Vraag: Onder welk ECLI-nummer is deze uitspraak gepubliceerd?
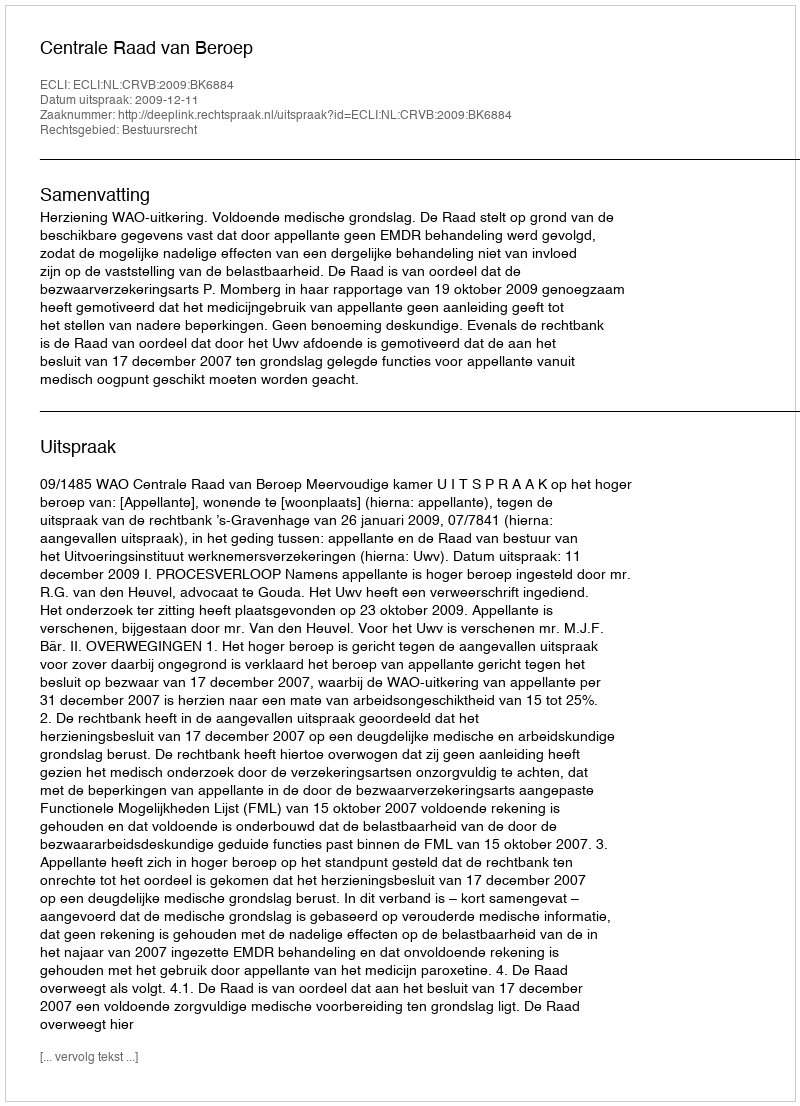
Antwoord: ECLI:NL:CRVB:2009:BK6884